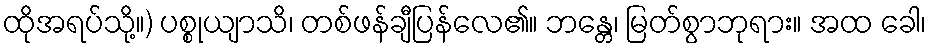
ထိုအရပ်သို့။) ပစ္စုယျာသိ၊ တစ်ဖန်ချီပြန်လေ၏။ ဘန္တေ၊ မြတ်စွာဘုရား။ အထ ခေါ၊